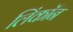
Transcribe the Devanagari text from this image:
लिंकॉन